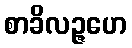
စာခိလဉ္ဇဟေ